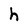
Character: h